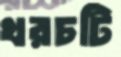
খরচটি